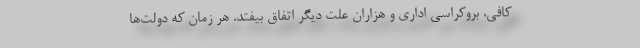
کافی، بروکراسی اداری و هزاران علت دیگر اتفاق بیفتد. هر زمان که دولت‌ها